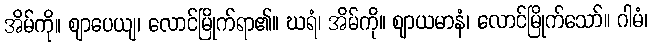
အိမ်ကို။ ဈာပေယျ၊ လောင်မြိုက်ရာ၏။ ဃရံ၊ အိမ်ကို။ ဈာယမာနံ၊ လောင်မြိုက်သော်။ ဂါမံ၊